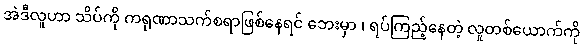
အဲဒီလူဟာ သိပ်ကို ကရုဏာသက်စရာဖြစ်နေရင် ဘေးမှာ ၊ ရပ်ကြည့်နေတဲ့ လူတစ်ယောက်ကို